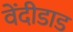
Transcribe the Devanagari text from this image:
वेंदीडाड